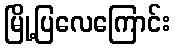
မြို့ပြလေကြောင်း